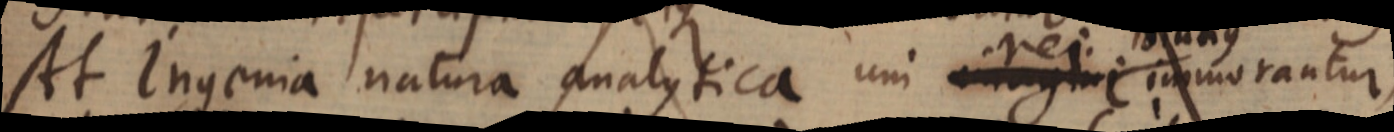
At Ingenia natura analytica uni rei diutius immorantur,